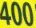
400